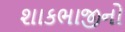
શાકભાજીનો